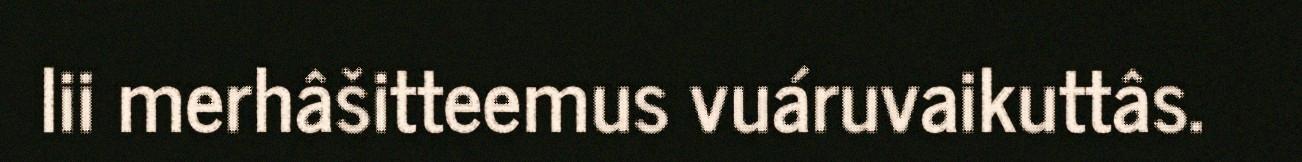
lii merhâšitteemus vuáruvaikuttâs.